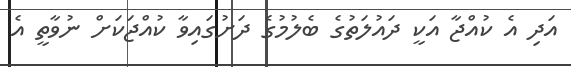
އަދި އެ ކުއްޖާ އަކީ ދައުލަތުގެ ބެލުމުގެ ދަށުގައިވާ ކުއްޖަކަށް ނުވާތީ އެ